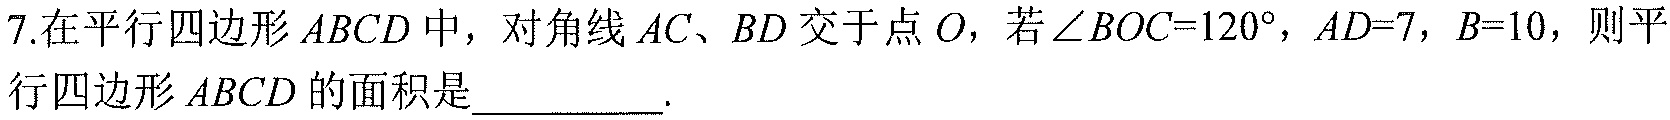
7.在平行四边形 \(ABCD\) 中，对角线 \(AC、BD\) 交于点 \(O\)，若 \(\angle BOC = 120^{\circ}\)，\(AD = 7\)，\(B = 10\)，则平行四边形 \(ABCD\) 的面积是__________.